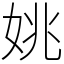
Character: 姚